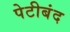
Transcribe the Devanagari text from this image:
पेटीबंद